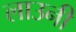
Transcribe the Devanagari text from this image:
लाउनी